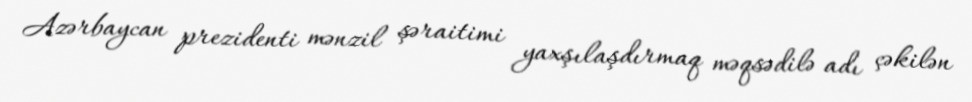
Azərbaycan prezidenti mənzil şəraitimi yaxşılaşdırmaq məqsədilə adı çəkilən